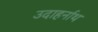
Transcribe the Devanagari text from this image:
उदाहर्नाथ